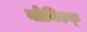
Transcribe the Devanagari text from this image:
बोनिएक्